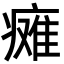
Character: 瘫